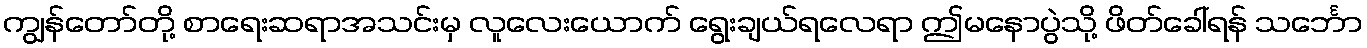
ကျွန်တော်တို့ စာရေးဆရာအသင်းမှ လူလေးယောက် ရွေးချယ်ရလေရာ ဤမနောပွဲသို့ ဖိတ်ခေါ်ရန် သင်္ဘော